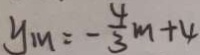
y _ { m } = - \frac { 4 } { 3 } m + 4